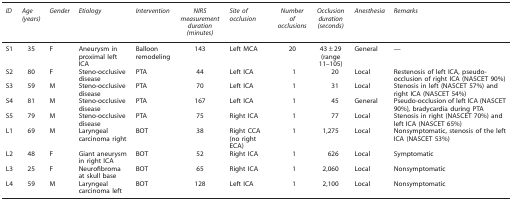
<table><thead><tr><td><b><i>ID</i></b></td><td><b><i>Age (years)</i></b></td><td><b><i>Gender</i></b></td><td><b><i>Etiology</i></b></td><td><b><i>Intervention</i></b></td><td><b><i>NIRS measurement duration (minutes)</i></b></td><td><b><i>Site of occlusion</i></b></td><td><b><i>Number of occlusions</i></b></td><td><b><i>Occlusion duration (seconds)</i></b></td><td><b><i>Anesthesia</i></b></td><td><b><i>Remarks</i></b></td></tr></thead><tbody><tr><td>S1</td><td>35</td><td>F</td><td>Aneurysm in proximal left ICA</td><td>Balloon remodeling</td><td>143</td><td>Left MCA</td><td>20</td><td>43±29 (range 11–105)</td><td>General</td><td>—</td></tr><tr><td>S2</td><td>80</td><td>F</td><td>Steno-occlusive disease</td><td>PTA</td><td>44</td><td>Left ICA</td><td>1</td><td>20</td><td>Local</td><td>Restenosis of left ICA, pseudo-occlusion of right ICA (NASCET 90%)</td></tr><tr><td>S3</td><td>59</td><td>M</td><td>Steno-occlusive disease</td><td>PTA</td><td>70</td><td>Left ICA</td><td>1</td><td>31</td><td>Local</td><td>Stenosis in left (NASCET 57%) and right ICA (NASCET 54%)</td></tr><tr><td>S4</td><td>81</td><td>M</td><td>Steno-occlusive disease</td><td>PTA</td><td>167</td><td>Left ICA</td><td>1</td><td>45</td><td>General</td><td>Pseudo-occlusion of left ICA (NASCET 90%), bradycardia during PTA</td></tr><tr><td>S5</td><td>79</td><td>M</td><td>Steno-occlusive disease</td><td>PTA</td><td>75</td><td>Right ICA</td><td>1</td><td>77</td><td>Local</td><td>Stenosis in right (NASCET 70%) and left ICA (NASCET 65%)</td></tr><tr><td>L1</td><td>69</td><td>M</td><td>Laryngeal carcinoma right</td><td>BOT</td><td>38</td><td>Right CCA (no right ECA)</td><td>1</td><td>1,275</td><td>Local</td><td>Nonsymptomatic, stenosis of the left ICA (NASCET 53%)</td></tr><tr><td>L2</td><td>48</td><td>F</td><td>Giant aneurysm in right ICA</td><td>BOT</td><td>52</td><td>Right ICA</td><td>1</td><td>626</td><td>Local</td><td>Symptomatic</td></tr><tr><td>L3</td><td>25</td><td>F</td><td>Neurofibroma at skull base</td><td>BOT</td><td>65</td><td>Right ICA</td><td>1</td><td>2,060</td><td>Local</td><td>Nonsymptomatic</td></tr><tr><td>L4</td><td>59</td><td>M</td><td>Laryngeal carcinoma left</td><td>BOT</td><td>128</td><td>Left ICA</td><td>1</td><td>2,100</td><td>Local</td><td>Nonsymptomatic</td></tr></tbody></table>